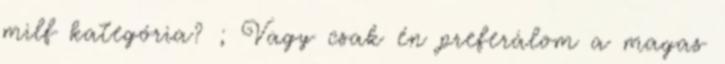
milf kategória? ; Vagy csak én preferálom a magas